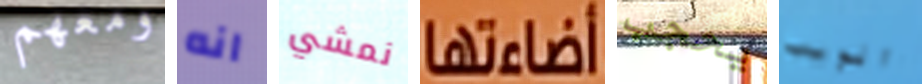
ومعهم انه نمشي أضاءتها يحجب الويب